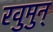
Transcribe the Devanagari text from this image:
रवुुमुन्